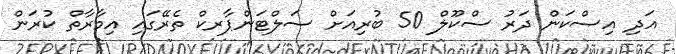
އަދި އިސްކަން ދަރު ސްކޫލް 50 ބުރިއަށް ސަލްޓަންޕާރކް ތެރޭގައި އިމާރާތް ކުރަން